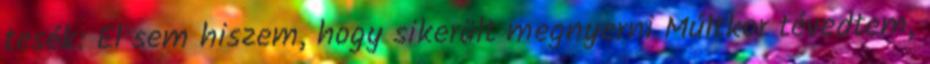
tesék: El sem hiszem, hogy sikerült megnyerni Múltkor tévedtem,